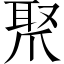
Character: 𤔛